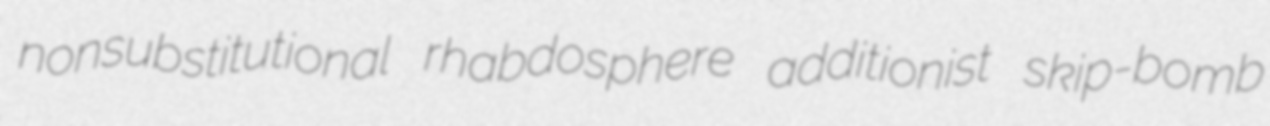
nonsubstitutional rhabdosphere additionist skip-bomb